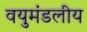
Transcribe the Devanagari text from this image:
वयुमंडलीय